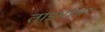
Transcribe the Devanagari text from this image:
ताडमांजर